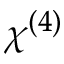
\chi ^ { ( 4 ) }